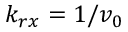
k _ { r x } = 1 / v _ { 0 }